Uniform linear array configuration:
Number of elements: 12
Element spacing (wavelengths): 0.5
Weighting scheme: binomial
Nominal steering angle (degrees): -30
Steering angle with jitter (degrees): -29.901
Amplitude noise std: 0.05
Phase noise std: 0.05

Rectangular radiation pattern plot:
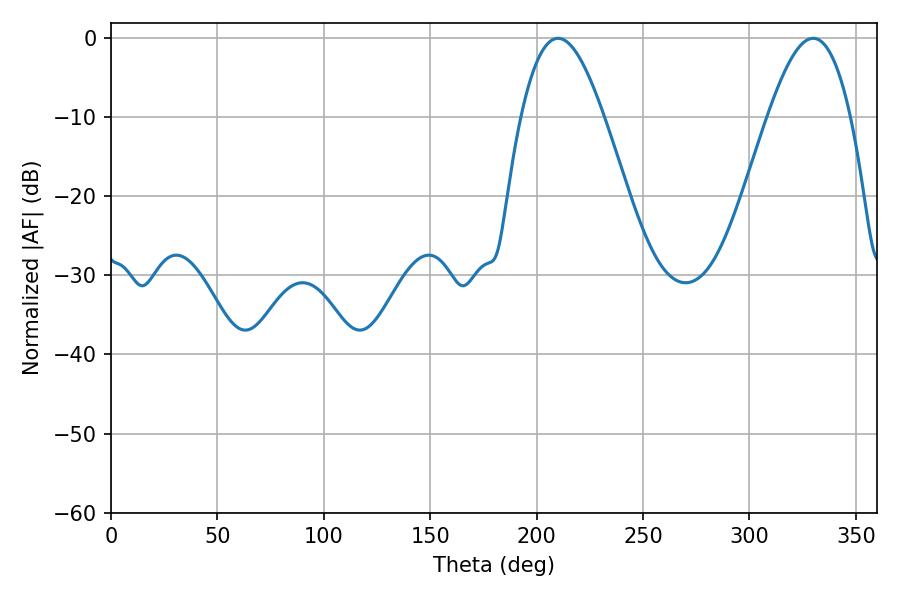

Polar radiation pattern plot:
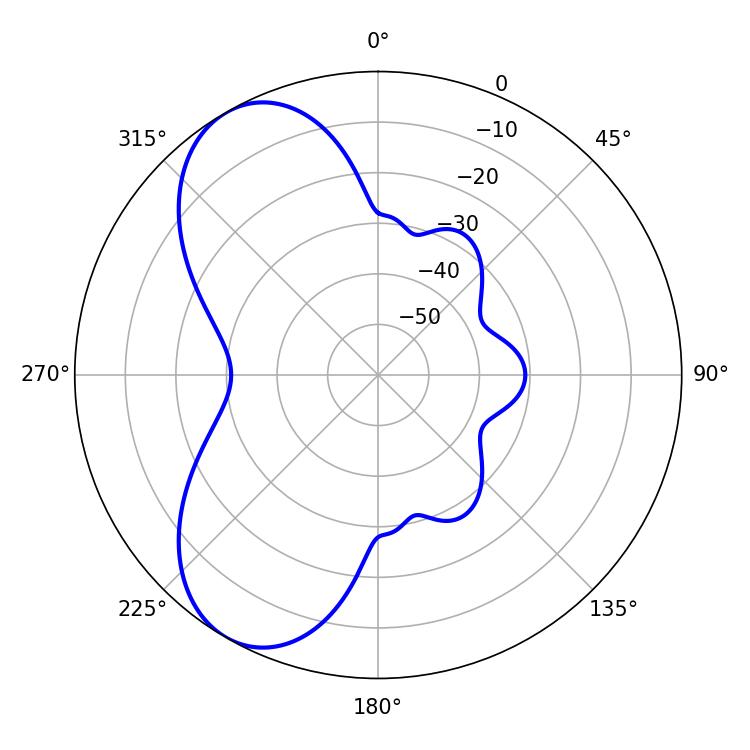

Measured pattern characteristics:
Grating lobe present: FALSE
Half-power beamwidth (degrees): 21.06
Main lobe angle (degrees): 210.06